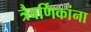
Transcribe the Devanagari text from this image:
त्रैवर्णिकांना